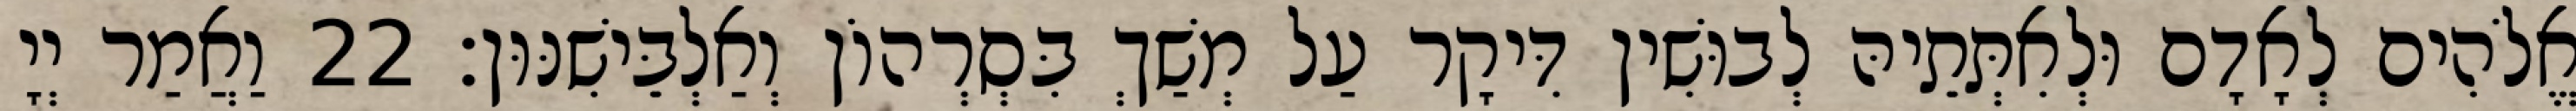
אֱלֹהִים לְאָדָם וּלְאִתְּתֵיהּ לְבוּשִׁין דִּיקָר עַל מְשַׁךְ בִּסְרְהוֹן וְאַלְבֵּישִׁנּוּן׃ 22 וַאֲמַר יְיָ